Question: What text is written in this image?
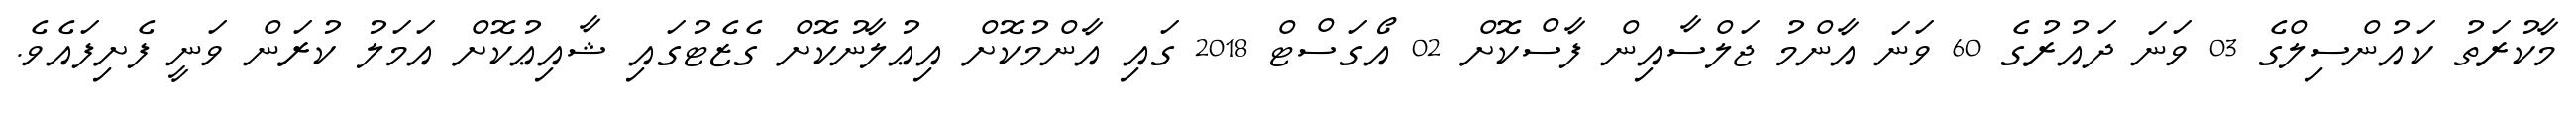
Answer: މާކުރަތު ކައުންސިލްގެ 03 ވަނަ ދައުރުގެ 60 ވަނަ އާންމު ޖަލްސާއިން ފާސްކޮށް 02 އޯގަސްޓް 2018 ގައި އާންމުކޮށް އިޢުލާނުކޮށް ގެޒެޓުގައި ޝާއިޢުކޮށް އަމަލު ކުރަން ވަނީ ފެށިފައެވެ.